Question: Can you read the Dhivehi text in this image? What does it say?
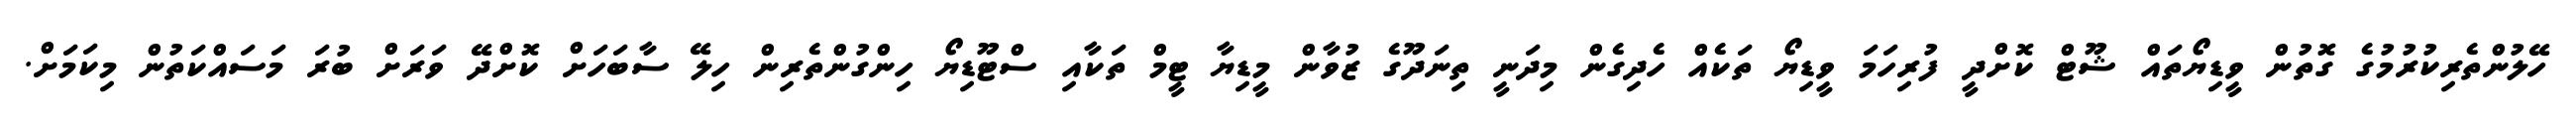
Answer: ހޭލުންތެރިކުރުމުގެ ގޮތުން ވީޑިޔޯތައް ޝޫޓް ކޮށްދީ ފުރިހަމަ ވީޑިޔޯ ތަކެއް ހެދިގެން މިދަނީ ތިނަދޫގެ ޒުވާން މީޑިޔާ ޓީމް ތަކާއި ސްޓޫޑިޔޯ ހިންގުންތެރިން ހިލޭ ސާބަހަށް ކޮށްދޭ ވަރަށް ބުރަ މަސައްކަތުން މިކަމަށް.